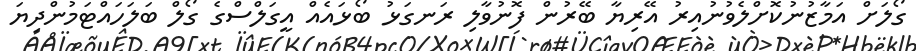
ގޯލަށް އަމާޒުނުކޮށްލެވުނުއިރު އޭރިޔާ ބޭރުން ފޮނުވާލި ރަނގަޅު ބޯޅައެއް އީގަލްސްގެ ގޯލް ބަލަހައްޓަމުންދިޔަ